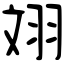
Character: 𦐑